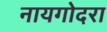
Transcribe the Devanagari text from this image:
नायगोदरा